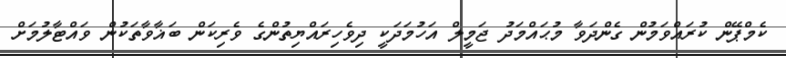
ކެމްޕޭން ކުރައްވަމުން ގެންދަވާ މުޙައްމަދު ޖަމީލް އަހުމަދަކީ ދިވެހިރައްޔިތުންގެ ވެރިކަން ބަޣާވާތަކުން ވައްޓާލުމަށް